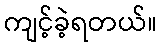
ကျင့်ခဲ့ရတယ်။